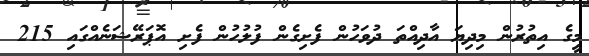
މީގެ އިތުރުން މިދިޔަ އާދިއްތަ ދުވަހުން ފެށިގެން ފުލުހުން ފެށި އޮޕަރޭޝަނެއްގައި 215